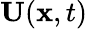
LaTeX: \mathbf{U}(\mathbf{x},t)